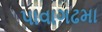
પાવાગઢમા